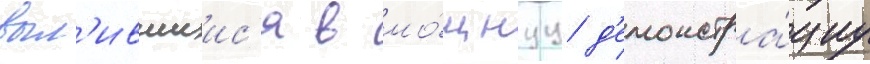
выл'ившиис'я в мо́щнуу д'емонстра́циу